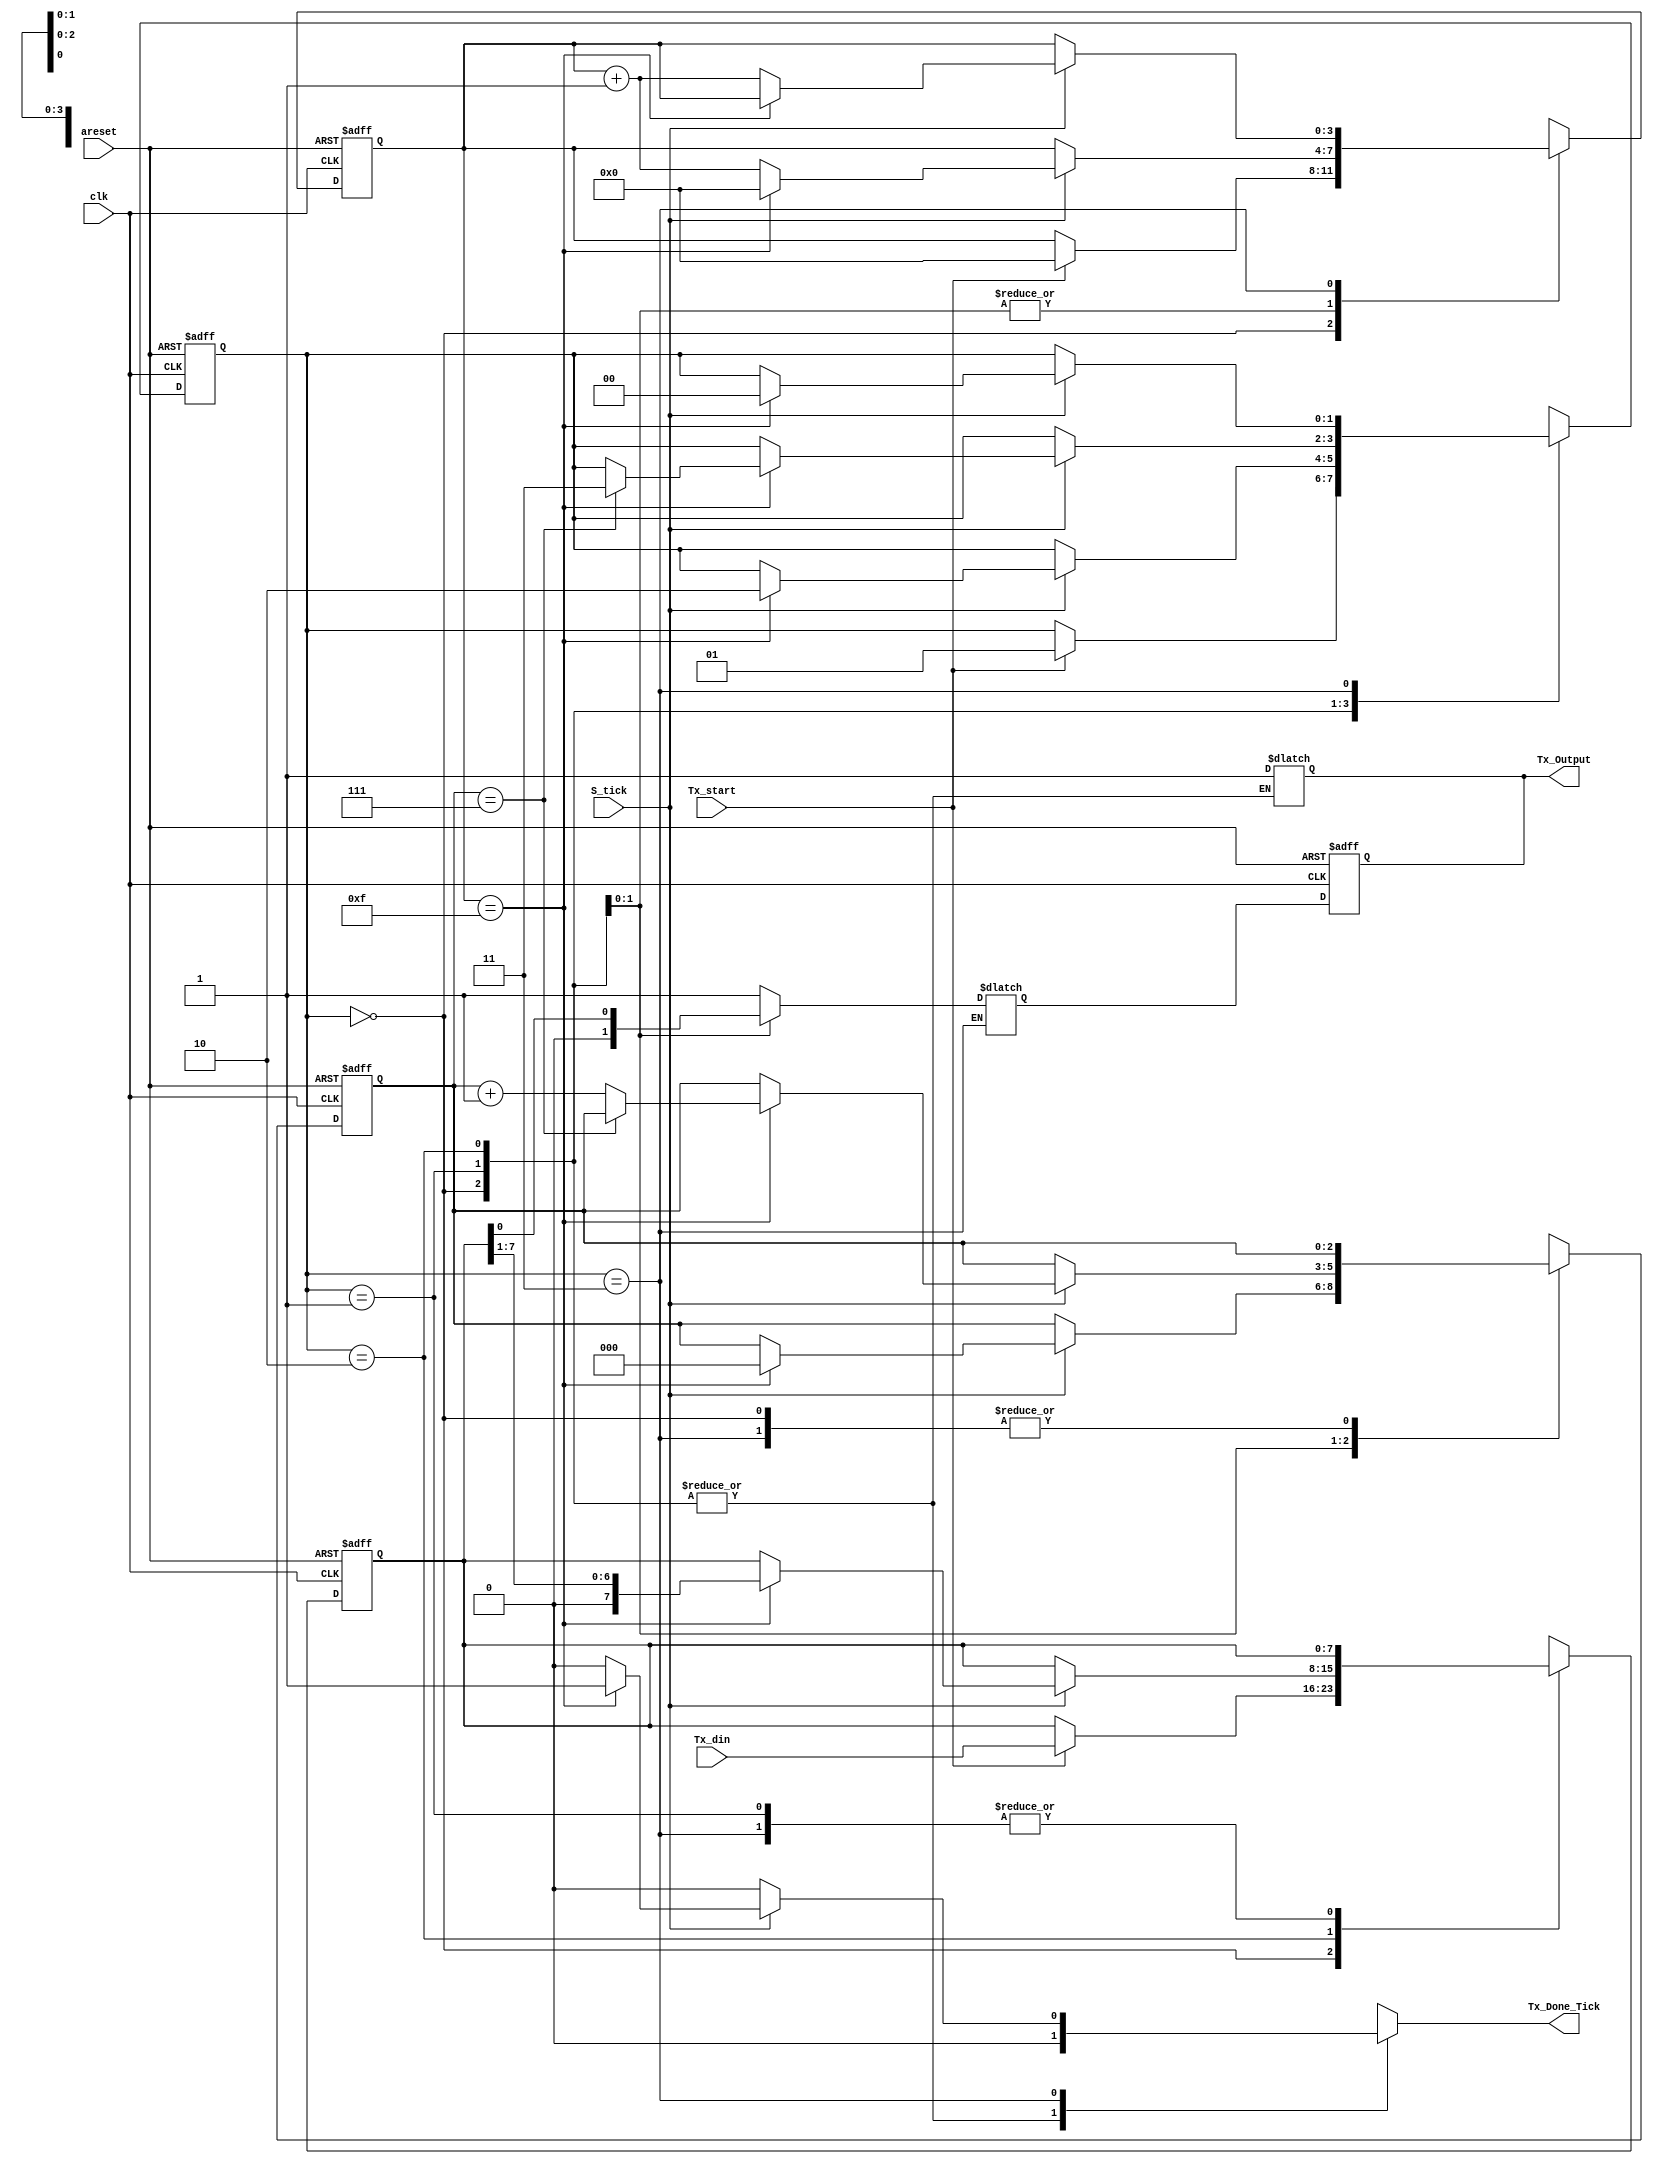
/******************************************************************************
 *
 * Module: UART Transmitter
 *
 * Description: Transmitter UART where data is recieved in parallel from the FIFO Tx and kept in the shift register where it shifts the data out 
 * then it's sent bit by bit as it's a serial protcol 
 *
 *******************************************************************************************/
 
 /* First all the variables are initialized to 0 if the Asynchronous rest is low then the we have 2 states the current state and the next one 
 *  The current state is equalled to the next state each clock 
 *  The next state changes with the change of the states where we have 4 states as shown below
 *  The UART Tx gets it's data from the FIFO Tx where the transmitting system transmits it's data to that FIFO 
 *  When the Tx is Done with transmitting the data it go again to the idle state where the Tx is kept at 1 (idle)
 */
 
module UART_Tx 
#(parameter DBits = 8,                //data bits
            SB_Ticks = 16             // stop bits
)

(
input clk ,
input areset ,
input S_tick ,
input [DBits-1:0]Tx_din,
input Tx_start,
output reg Tx_Done_Tick,
output Tx_Output
);

localparam idle = 0, start = 1 , 
            data = 2 , stop = 3 ;

reg [1:0]state_reg,state_next;                    //need 2 bits as there are 4 states
reg [3:0]s_reg,s_next;                            //keep tracking of no of ticks (16 tick)
reg [$clog2(DBits)-1:0]n_reg,n_next;              //Keep tracking of no of shifted bits
reg [DBits-1:0]b_reg,b_next;                      //Shift register to store the data 
reg tx_reg,tx_next ;

// Sequential logic for state machine and registers

always @(posedge clk or negedge areset)
begin 
          if(~areset)
                   begin
                       state_reg <= idle;
                       s_reg <= 0;
                       n_reg <= 0;
                       b_reg <= 0; 
                       tx_reg <= 1'b1 ;               // 1 marks idle state 
                   end
           else
                   begin
                     state_reg <=  state_next ;
                     s_reg <= s_next ;
                     n_reg <= n_next ;
                     b_reg <= b_next ; 
                     tx_reg <= tx_next ;
                   end
end

// Combinational logic for state transitions and outputs
always @(*)
begin
          state_next =  state_reg ;
          s_next = s_reg ;
          n_next = n_reg ;
          b_next = b_reg ; 
          Tx_Done_Tick = 1'b0;
           case (state_reg)
                            idle: 
                               begin
                                tx_next = 1'b1;
                                 if(Tx_start == 1)
                                  begin
                                      s_next = 0;
                                      b_next = Tx_din ;
                                      state_next = start ;
                                  end 
                                end
                            start :
                               begin
                                 tx_next = 1'b0; 
                                 if(S_tick == 1)
                                  begin
                                   if(s_reg == 15)
                                      begin
                                       s_next = 0;
                                       n_next = 0;
                                       state_next = data ;
                                      end
                                   else 
                                       s_next = s_reg +1 ;
                                  end
                                end
                             data :
                               begin
                                  tx_next = b_reg[0];
                                  if(S_tick)
                                   begin
                                   if(s_reg == 15) 
                                   begin
                                      s_next = 0;
                                      b_next = {1'b0,b_reg[DBits-1:1]} ;    //shift to right
                                      if(n_reg == DBits-1)
                                       state_next = stop ;
                                      else
                                       n_next = n_reg +1 ;
                                   end
                                   else 
                                        s_next = s_reg +1;
                                   end
                                end
                              stop :
                               begin
                                    tx_reg = 1'b1;
                                     if(S_tick)
                                      begin
                                       if(s_reg == SB_Ticks-1)
                                         begin
                                        Tx_Done_Tick = 1;
                                        state_next = idle ;
                                         end
                                       else 
                                         s_next = s_reg +1 ;
                                      end
                                end
                              default :
                                    state_next = idle ;  
           endcase

end
                            assign Tx_Output = tx_reg ; 
endmodule